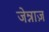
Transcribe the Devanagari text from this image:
जेन्नाज़